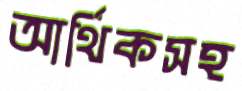
আর্থিকসহ